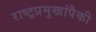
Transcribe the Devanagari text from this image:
राष्ट्रप्रमुखांपैकी